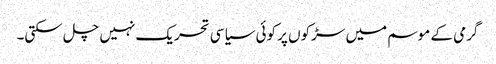
گرمی کے موسم میں سڑکوں پر کوئی سیاسی تحریک نہیں چل سکتی۔